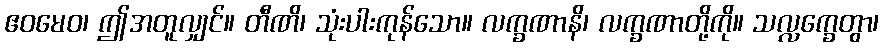
ဧဝမေဝ၊ ဤအတူလျှင်။ တီဏိ၊ သုံးပါးကုန်သော။ လက္ခဏာနိ၊ လက္ခဏာတို့ကို။ သလ္လက္ခေတွာ၊